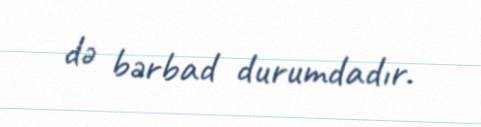
də bərbad durumdadır.